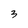
Character: 3